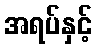
အရပ်နှင့်